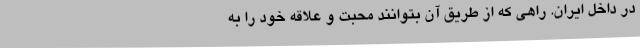
در داخل ایران. راهی که از طریق آن بتوانند محبت و علاقه خود را به